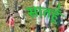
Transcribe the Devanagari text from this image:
सातहूँ